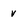
Character: v